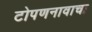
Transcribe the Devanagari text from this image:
टोपणनावाचा